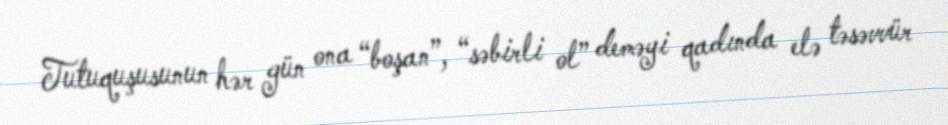
Tutuquşusunun hər gün ona “boşan”, “səbirli ol” deməyi qadında elə təsəvvür